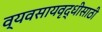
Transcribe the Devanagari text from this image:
व्यवसायवृद्धीसाठी